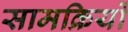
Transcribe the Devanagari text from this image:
सामक्रियों